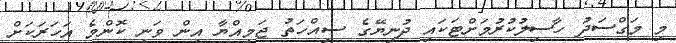
މި މަގްސަދު ހާސިލުކުރުމަށްޓަކައި ދުނިޔޭގެ ސިއްހަތު ޖަމިއްޔާ އިން ވަނީ ކޮންމެ އަހަރަކަށް